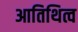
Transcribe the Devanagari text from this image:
आतिथित्व